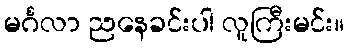
မင်္ဂလာ ညနေခင်းပါ လူကြီးမင်း။